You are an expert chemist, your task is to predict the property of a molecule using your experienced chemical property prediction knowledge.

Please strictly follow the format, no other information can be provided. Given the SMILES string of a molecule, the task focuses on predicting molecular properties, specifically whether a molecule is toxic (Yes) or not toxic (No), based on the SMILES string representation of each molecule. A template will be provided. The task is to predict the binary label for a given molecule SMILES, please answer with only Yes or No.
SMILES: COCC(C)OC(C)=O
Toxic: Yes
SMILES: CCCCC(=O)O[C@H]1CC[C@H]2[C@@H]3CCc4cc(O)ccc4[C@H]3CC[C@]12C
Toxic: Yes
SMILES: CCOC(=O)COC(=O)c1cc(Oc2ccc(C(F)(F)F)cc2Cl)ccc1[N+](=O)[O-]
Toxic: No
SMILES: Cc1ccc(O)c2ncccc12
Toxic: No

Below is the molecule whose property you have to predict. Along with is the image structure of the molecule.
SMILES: CC(C)OC(=O)Nc1ccc2[nH]c(-c3cscn3)nc2c1
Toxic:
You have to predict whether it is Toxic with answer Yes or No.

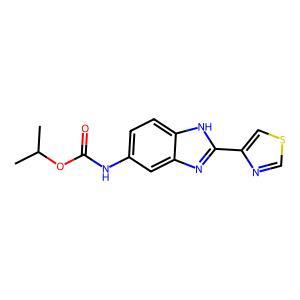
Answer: No